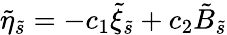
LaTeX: \tilde{\eta}_{\tilde{s}}=-c_{1}\tilde{\xi}_{\tilde{s}}+c_{2}\tilde{B}_{\tilde{s}}